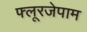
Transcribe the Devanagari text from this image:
फ्लूरजेपाम